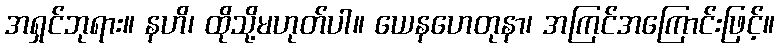
အရှင်ဘုရား။ နဟိ၊ ထိုသို့မဟုတ်ပါ။ ယေနဟေတုနာ၊ အကြင်အကြောင်းဖြင့်။